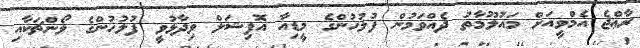
ރާޢްޖެ އެމްވީއަށް މައުލޫމާތު ދެއްވަމުން ފުލުހުންގެ މީޑިއާ އޮފިޝަލް ވިދާޅުވީ ފުލުހުންގެ ލޯންޗަކާއި